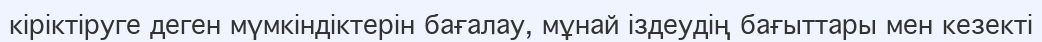
кіріктіруге деген мүмкіндіктерін бағалау, мұнай іздеудің бағыттары мен кезекті